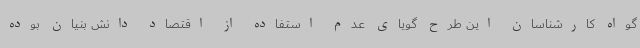
گواه کارشناسان این طرح گویای عدم استفاده از اقتصاد دانش بنیان بوده